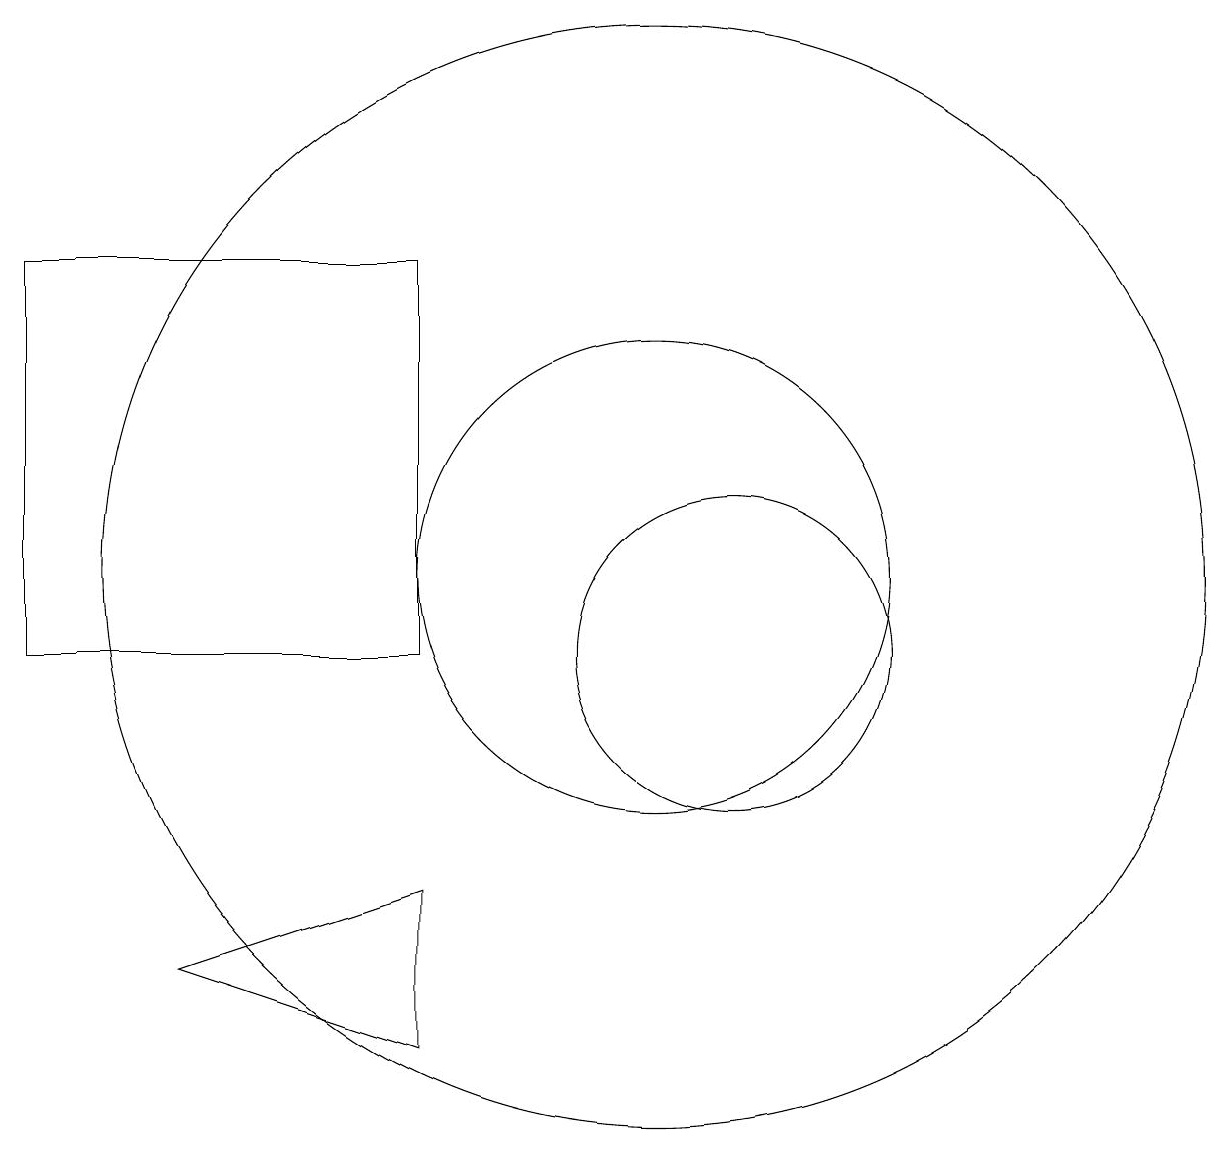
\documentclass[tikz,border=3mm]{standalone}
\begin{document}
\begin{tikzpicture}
\draw (10,11) circle (3);
\draw (4,6) -- (7,7) -- (7,5) -- cycle;
\draw (11,10) circle (2);
\draw (10,11) circle (7);
\draw (2,10) rectangle (7,15);
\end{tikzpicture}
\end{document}